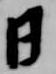
日